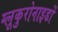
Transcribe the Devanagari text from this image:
ग्लूकुरोनाइडों